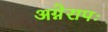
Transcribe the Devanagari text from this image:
अग्नेरापः